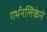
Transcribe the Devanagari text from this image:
गर्भनलिकेने